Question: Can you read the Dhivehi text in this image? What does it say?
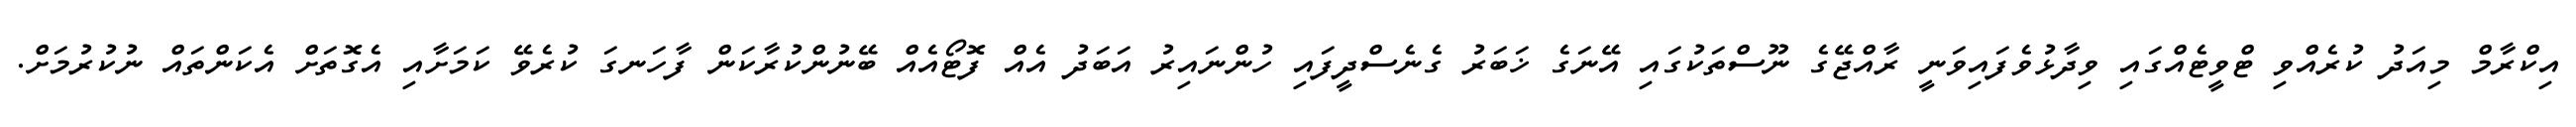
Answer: އިކްރާމް މިއަދު ކުރެއްވި ޓްވީޓެއްގައި ވިދާޅުވެފައިވަނީ ރާއްޖޭގެ ނޫސްތަކުގައި އޭނަގެ ޚަބަރު ގެނެސްދީފައި ހުންނައިރު އަބަދު އެއް ފޮޓޯއެއް ބޭނުންކުރާކަން ފާހަނގަ ކުރެވޭ ކަމަށާއި އެގޮތަށް އެކަންތައް ނުކުރުމަށް.